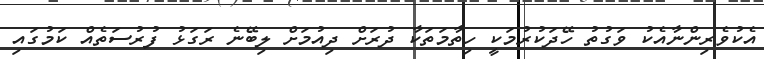
އެކުވެރިންނާއެކު ވަގުތު ހޭދަކުރުމަކީ ހިތާމަތަކާ ދުރަށް ދިއުމަށް ލިބޭނެ ރަގަޅު ފުރުސަތެއް ކަމުގައި